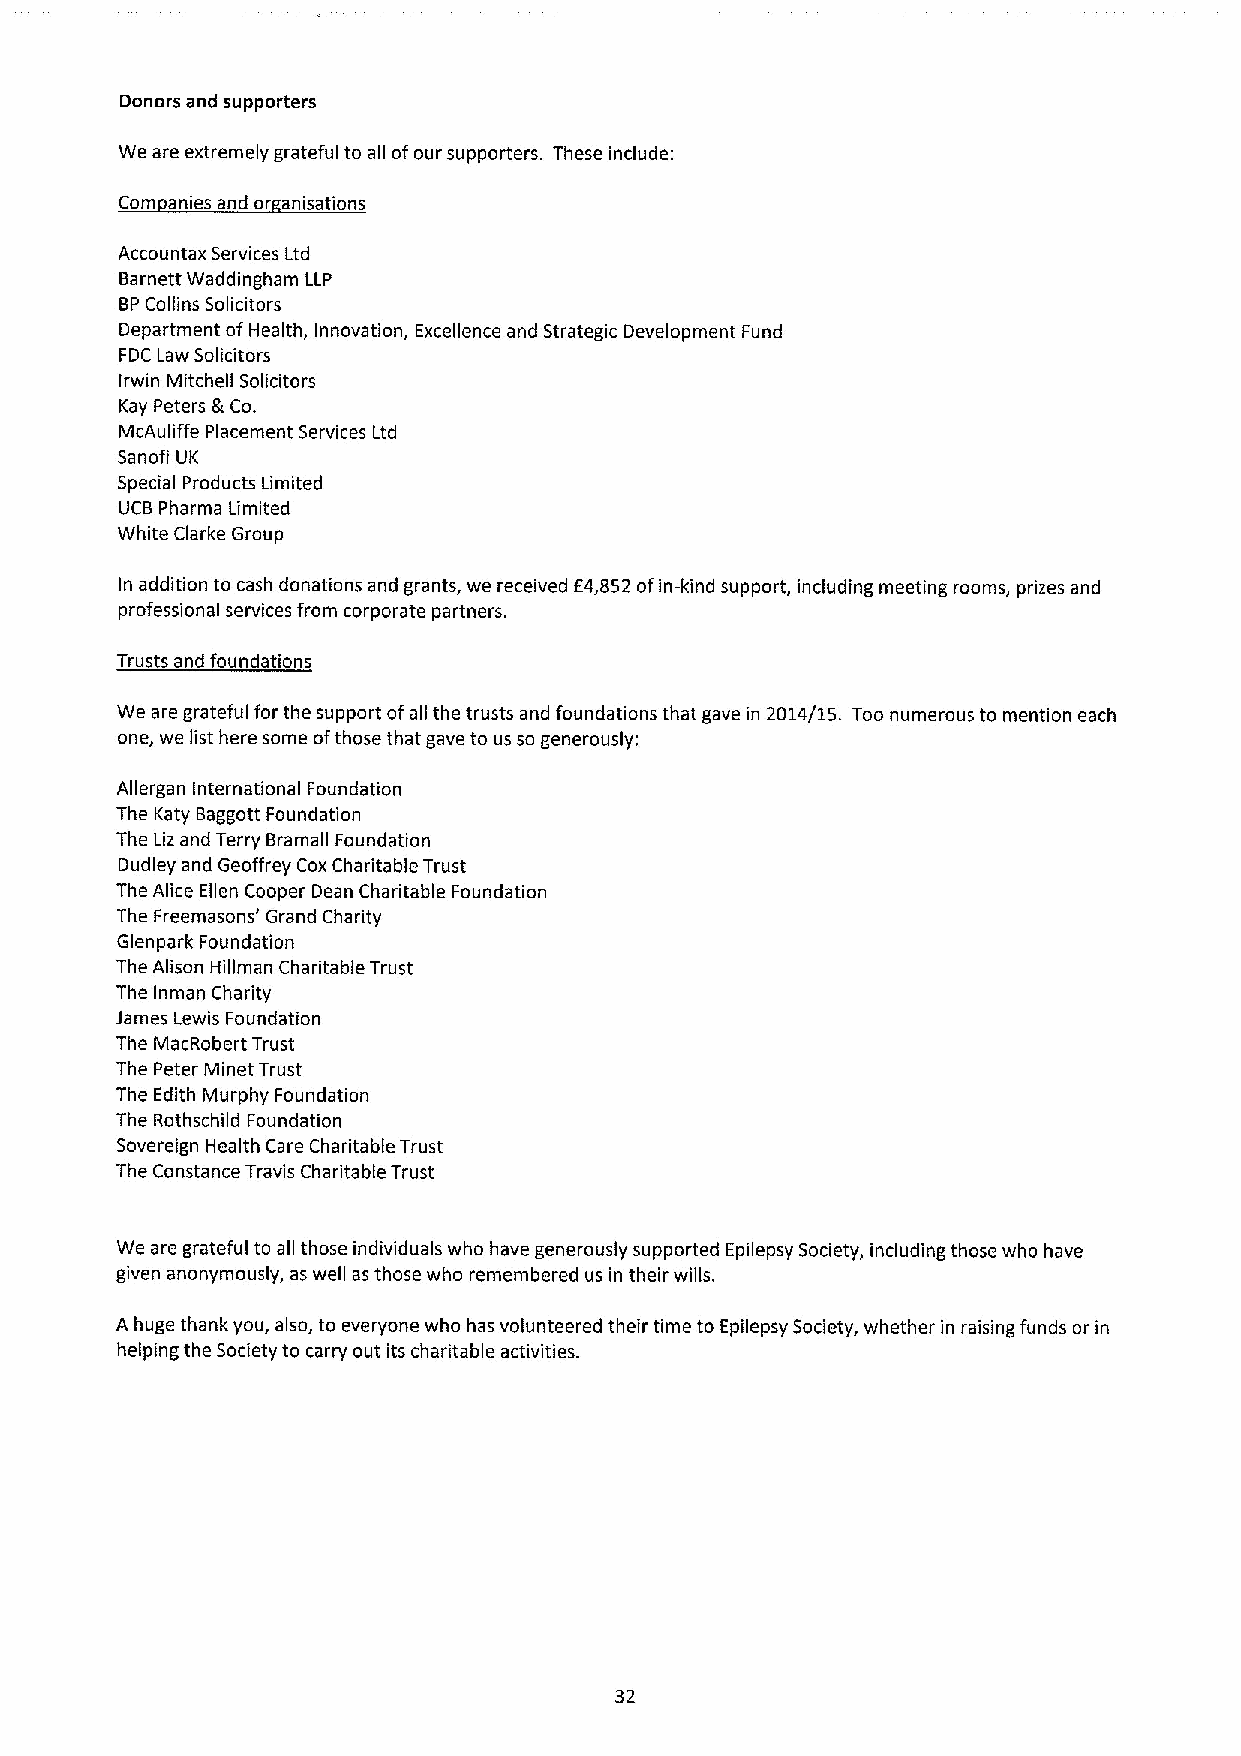
Donors and supporters
 We are extremely grateful to all ofour supporters. These include:
 Com anies and or anisations
 Accountax Services Ltd
 Barnett Waddingham LLP
 BPCollins Solicitors
 Department ofHealth, Innovation, Excellence and Strategic Development Fund
 FDC Law Solicitors
 Irwin Mitchell Solicitors
 Kay Peters g Co.
 McAuliffe Placement Services Ltd
 Sanofi UK
 Special Products Limited
 UCB Pharma Limited
 White Clarke Group
 In addition to cash donations and grants, we received E4,852 ofin-kind support, including meeting rooms, prizes and
 professional services from corporate partners.
 Trusts and foundations
 We are grateful for the support ofall the trusts and foundations that gave in 2014/1S. Too numerous to mention each
 one, we list here some ofthose that gave to us so generously:
 Allergan international Foundation
 The Katy Baggott Foundation
 The Liz and Terry Bramall Foundation
 Dudley and Geoffrey Cox Charitable Trust
 The Alice Ellen Cooper Dean Charitable Foundation
 The Freemasons' Grand Charity
 Glenpark Foundation
 The Alison Hillman Charitable Trust
 The inman Charity
 James Lewis Foundation
 The MacRobert Trust
 The Peter Minet Trust
 The Edith Murphy Foundation
 The Rothschild Foundation
 Sovereign Health Care Charitable Trust
 The Constance Travis Charitable Trust
 We are grateful to all those individuals who have generously supported Epilepsy Society, including those who have
 given anonymously, as well as those who remembered us in their wills.
 A huge thank you, also, to everyone who has volunteered their time to Epilepsy Society, whether in raising funds or in
 helping the Society to carry out its charitable activities.
 32